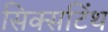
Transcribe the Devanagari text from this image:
सिक्सटिंथ